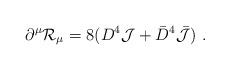
LaTeX: \begin{align*}\partial^\mu {\cal R}_\mu =8 (D^4 {\cal J} + {\bar D}^4 {\bar{\cal J}})\ . \end{align*}